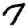
Digit: 7